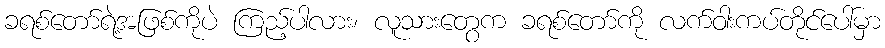
ခရစ်တော်ရဲ့အဖြစ်ကိုပဲ ကြည့်ပါလား၊ လူသားတွေက ခရစ်တော်ကို လက်ဝါးကပ်တိုင်ပေါ်မှာ